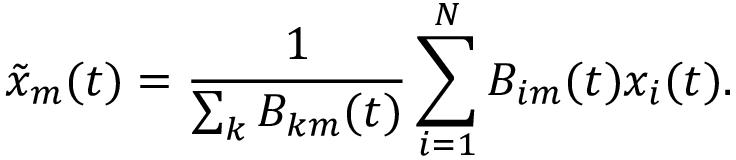
\tilde { x } _ { m } ( t ) = \frac { 1 } { \sum _ { k } B _ { k m } ( t ) } \sum _ { i = 1 } ^ { N } B _ { i m } ( t ) x _ { i } ( t ) .